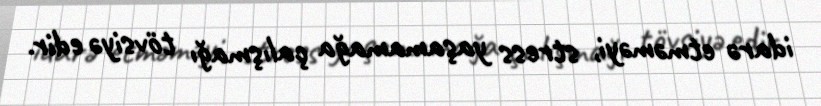
idarə etməməyi, stress yaşamamağa çalışmağı tövsiyə edir.